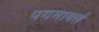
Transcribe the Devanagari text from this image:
पगमार्क्स